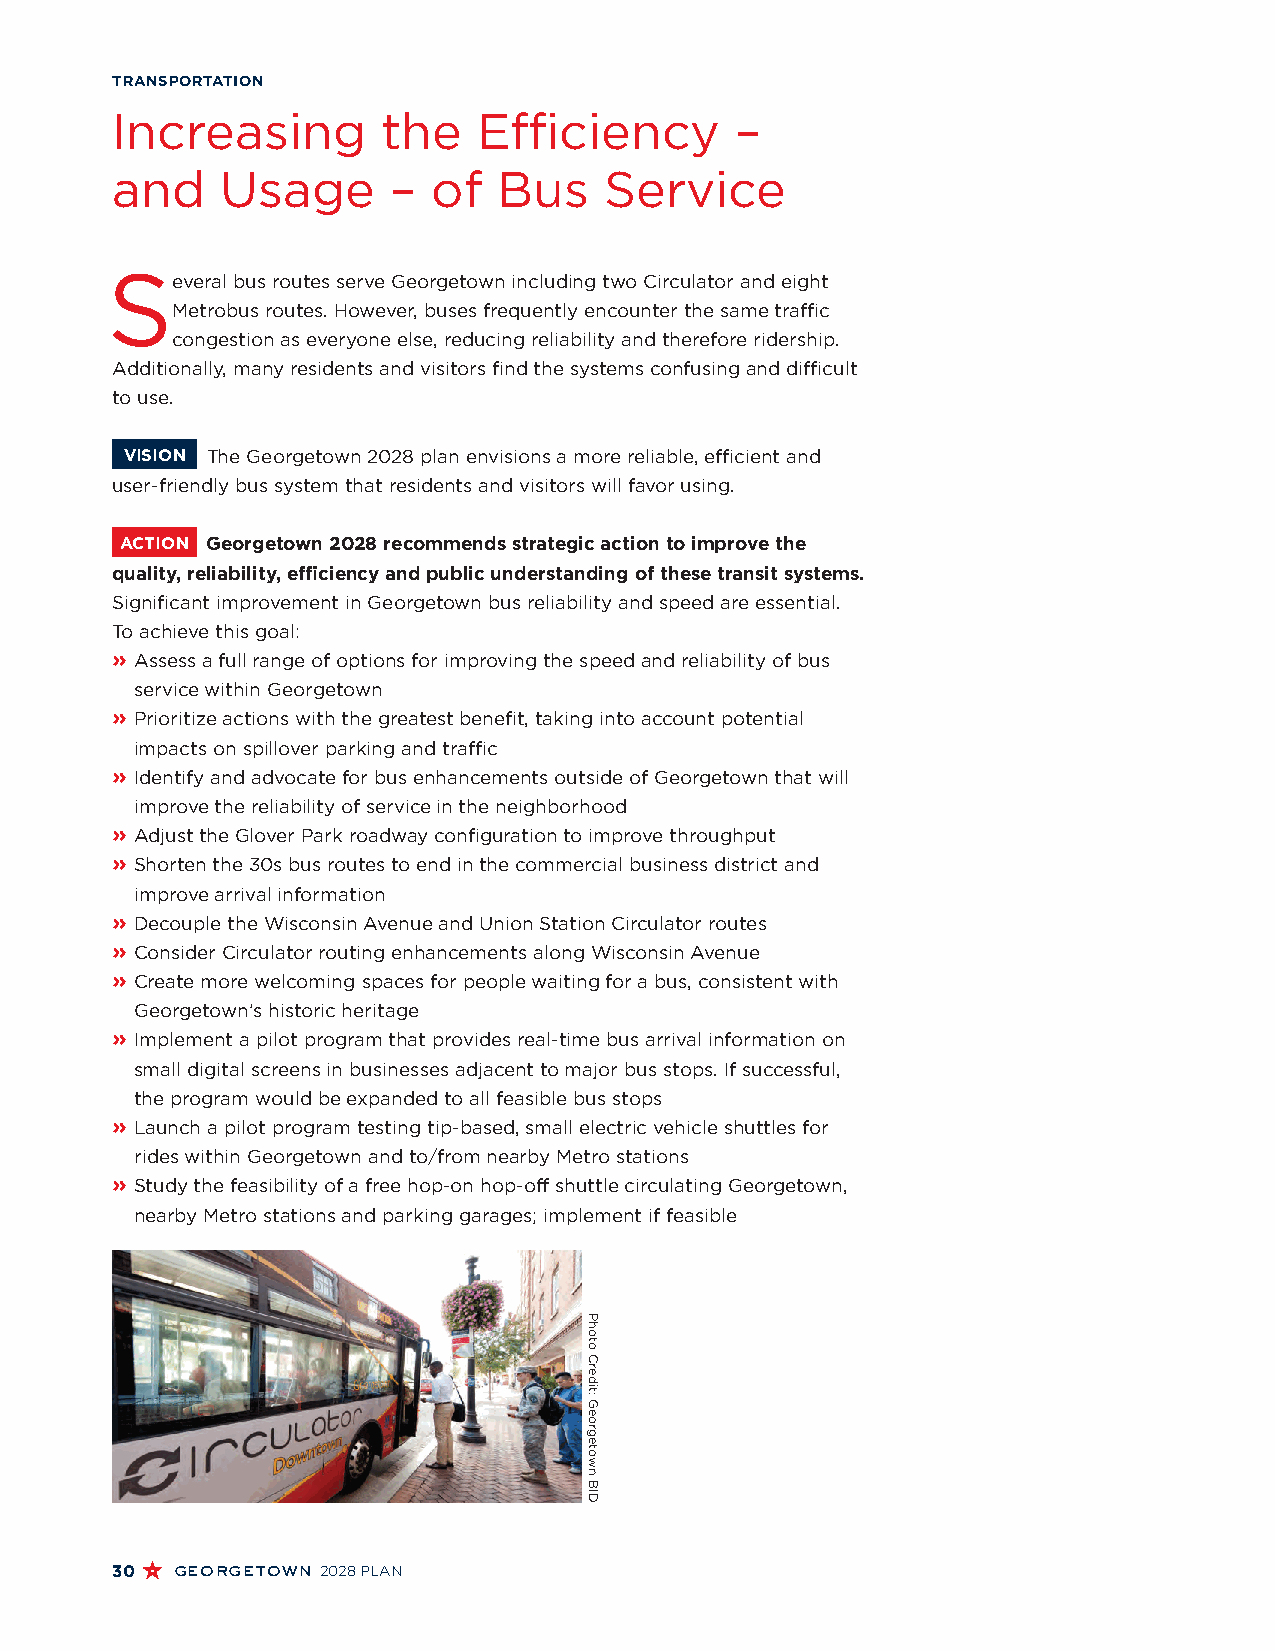
TRANSPORTATION
 Increasing        the    Efficiency       –
 and     Usage      –  of  Bus    Service
 S
 everal bus routes serve Georgetown including two Circulator and eight
 Metrobus routes. However, buses frequently encounter the same traffic
 congestion as everyone else, reducing reliability and therefore ridership.
 Additionally, many residents and visitors find the systems confusing and difficult
 to use.
 VISION The Georgetown 2028 plan envisions a more reliable, efficient and
 user-friendly bus system that residents and visitors will favor using.
 ACTION Georgetown 2028 recommends strategic action to improve the
 quality, reliability, efficiency and public understanding of these transit systems.
 Significant improvement in Georgetown bus reliability and speed are essential.
 To achieve this goal:
 » A ssess a full range of options for improving the speed and reliability of bus
 service within Georgetown
 » P rioritize actions with the greatest benefit, taking into account potential
 impacts on spillover parking and traffic
 » I dentify and advocate for bus enhancements outside of Georgetown that will
 improve the reliability of service in the neighborhood
 » A djust the Glover Park roadway configuration to improve throughput
 » S horten the 30s bus routes to end in the commercial business district and
 improve arrival information
 » Decouple the Wisconsin Avenue and Union Station Circulator routes
 » Consider Circulator routing enhancements along Wisconsin Avenue
 » C reate more welcoming spaces for people waiting for a bus, consistent with
 Georgetown’s historic heritage
 » I mplement a pilot program that provides real-time bus arrival information on
 small digital screens in businesses adjacent to major bus stops. If successful,
 the program would be expanded to all feasible bus stops
 » L aunch a pilot program testing tip-based, small electric vehicle shuttles for
 rides within Georgetown and to/from nearby Metro stations
 » S tudy the feasibility of a free hop-on hop-off shuttle circulating Georgetown,
 nearby Metro stations and parking garages; implement if feasible
 30  georgetown 2028 PLAN
 Photo
 Credit:
 Georgetown
 BID